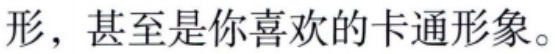
形，甚至是你喜欢的卡通形象。